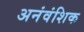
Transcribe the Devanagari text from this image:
अनंवंशिक